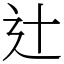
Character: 辻